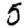
Digit: 5